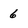
Character: 6